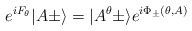
LaTeX: \begin{align*}e^{iF_\theta}\vert A\pm\rangle =\vert A^\theta\pm\rangle e^{i\Phi_\pm(\theta ,A)}\end{align*}